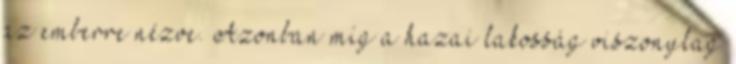
az emberre nézve. Azonban míg a hazai lakosság viszonylag